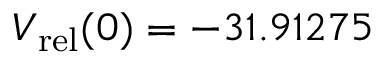
V _ { \mathrm { r e l } } ( 0 ) = - 3 1 . 9 1 2 7 5